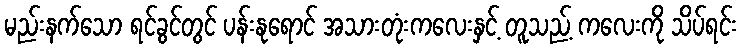
မည်းနက်သော ရင်ခွင်တွင် ပန်းနုရောင် အသားတုံးကလေးနှင့် တူသည့် ကလေးကို သိပ်ရင်း